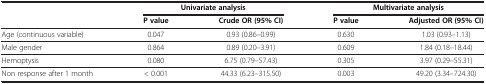
<table><thead><tr><td><b> </b></td><td colspan="2"><b>Univariate analysis</b></td><td colspan="2"><b>Multivariate analysis</b></td></tr><tr><td><b> </b></td><td><b>P value</b></td><td><b>Crude OR (95% CI)</b></td><td><b>P value</b></td><td><b>Adjusted OR (95% CI)</b></td></tr></thead><tbody><tr><td>Age (continuous variable)</td><td>0.047</td><td>0.93 (0.86–0.99)</td><td>0.630</td><td>1.03 (0.93–1.13)</td></tr><tr><td>Male gender</td><td>0.864</td><td>0.89 (0.20–3.91)</td><td>0.609</td><td>1.84 (0.18–18.44)</td></tr><tr><td>Hemoptysis</td><td>0.080</td><td>6.75 (0.79–57.43)</td><td>0.305</td><td>3.97 (0.29–55.31)</td></tr><tr><td>Non response after 1 month</td><td>&lt; 0.001</td><td>44.33 (6.23–315.50)</td><td>0.003</td><td>49.20 (3.34–724.30)</td></tr></tbody></table>